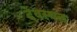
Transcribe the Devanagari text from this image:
देवस्थल